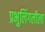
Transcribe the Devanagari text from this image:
प्रभुलिंगलीला